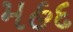
મહદ